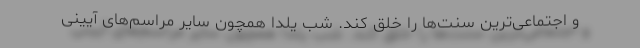
و اجتماعی‌ترین سنت‌ها را خلق کند. شب یلدا همچون سایر مراسم‌های آیینی